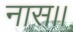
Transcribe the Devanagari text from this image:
नास।।